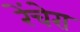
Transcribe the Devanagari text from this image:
रेंचेरा